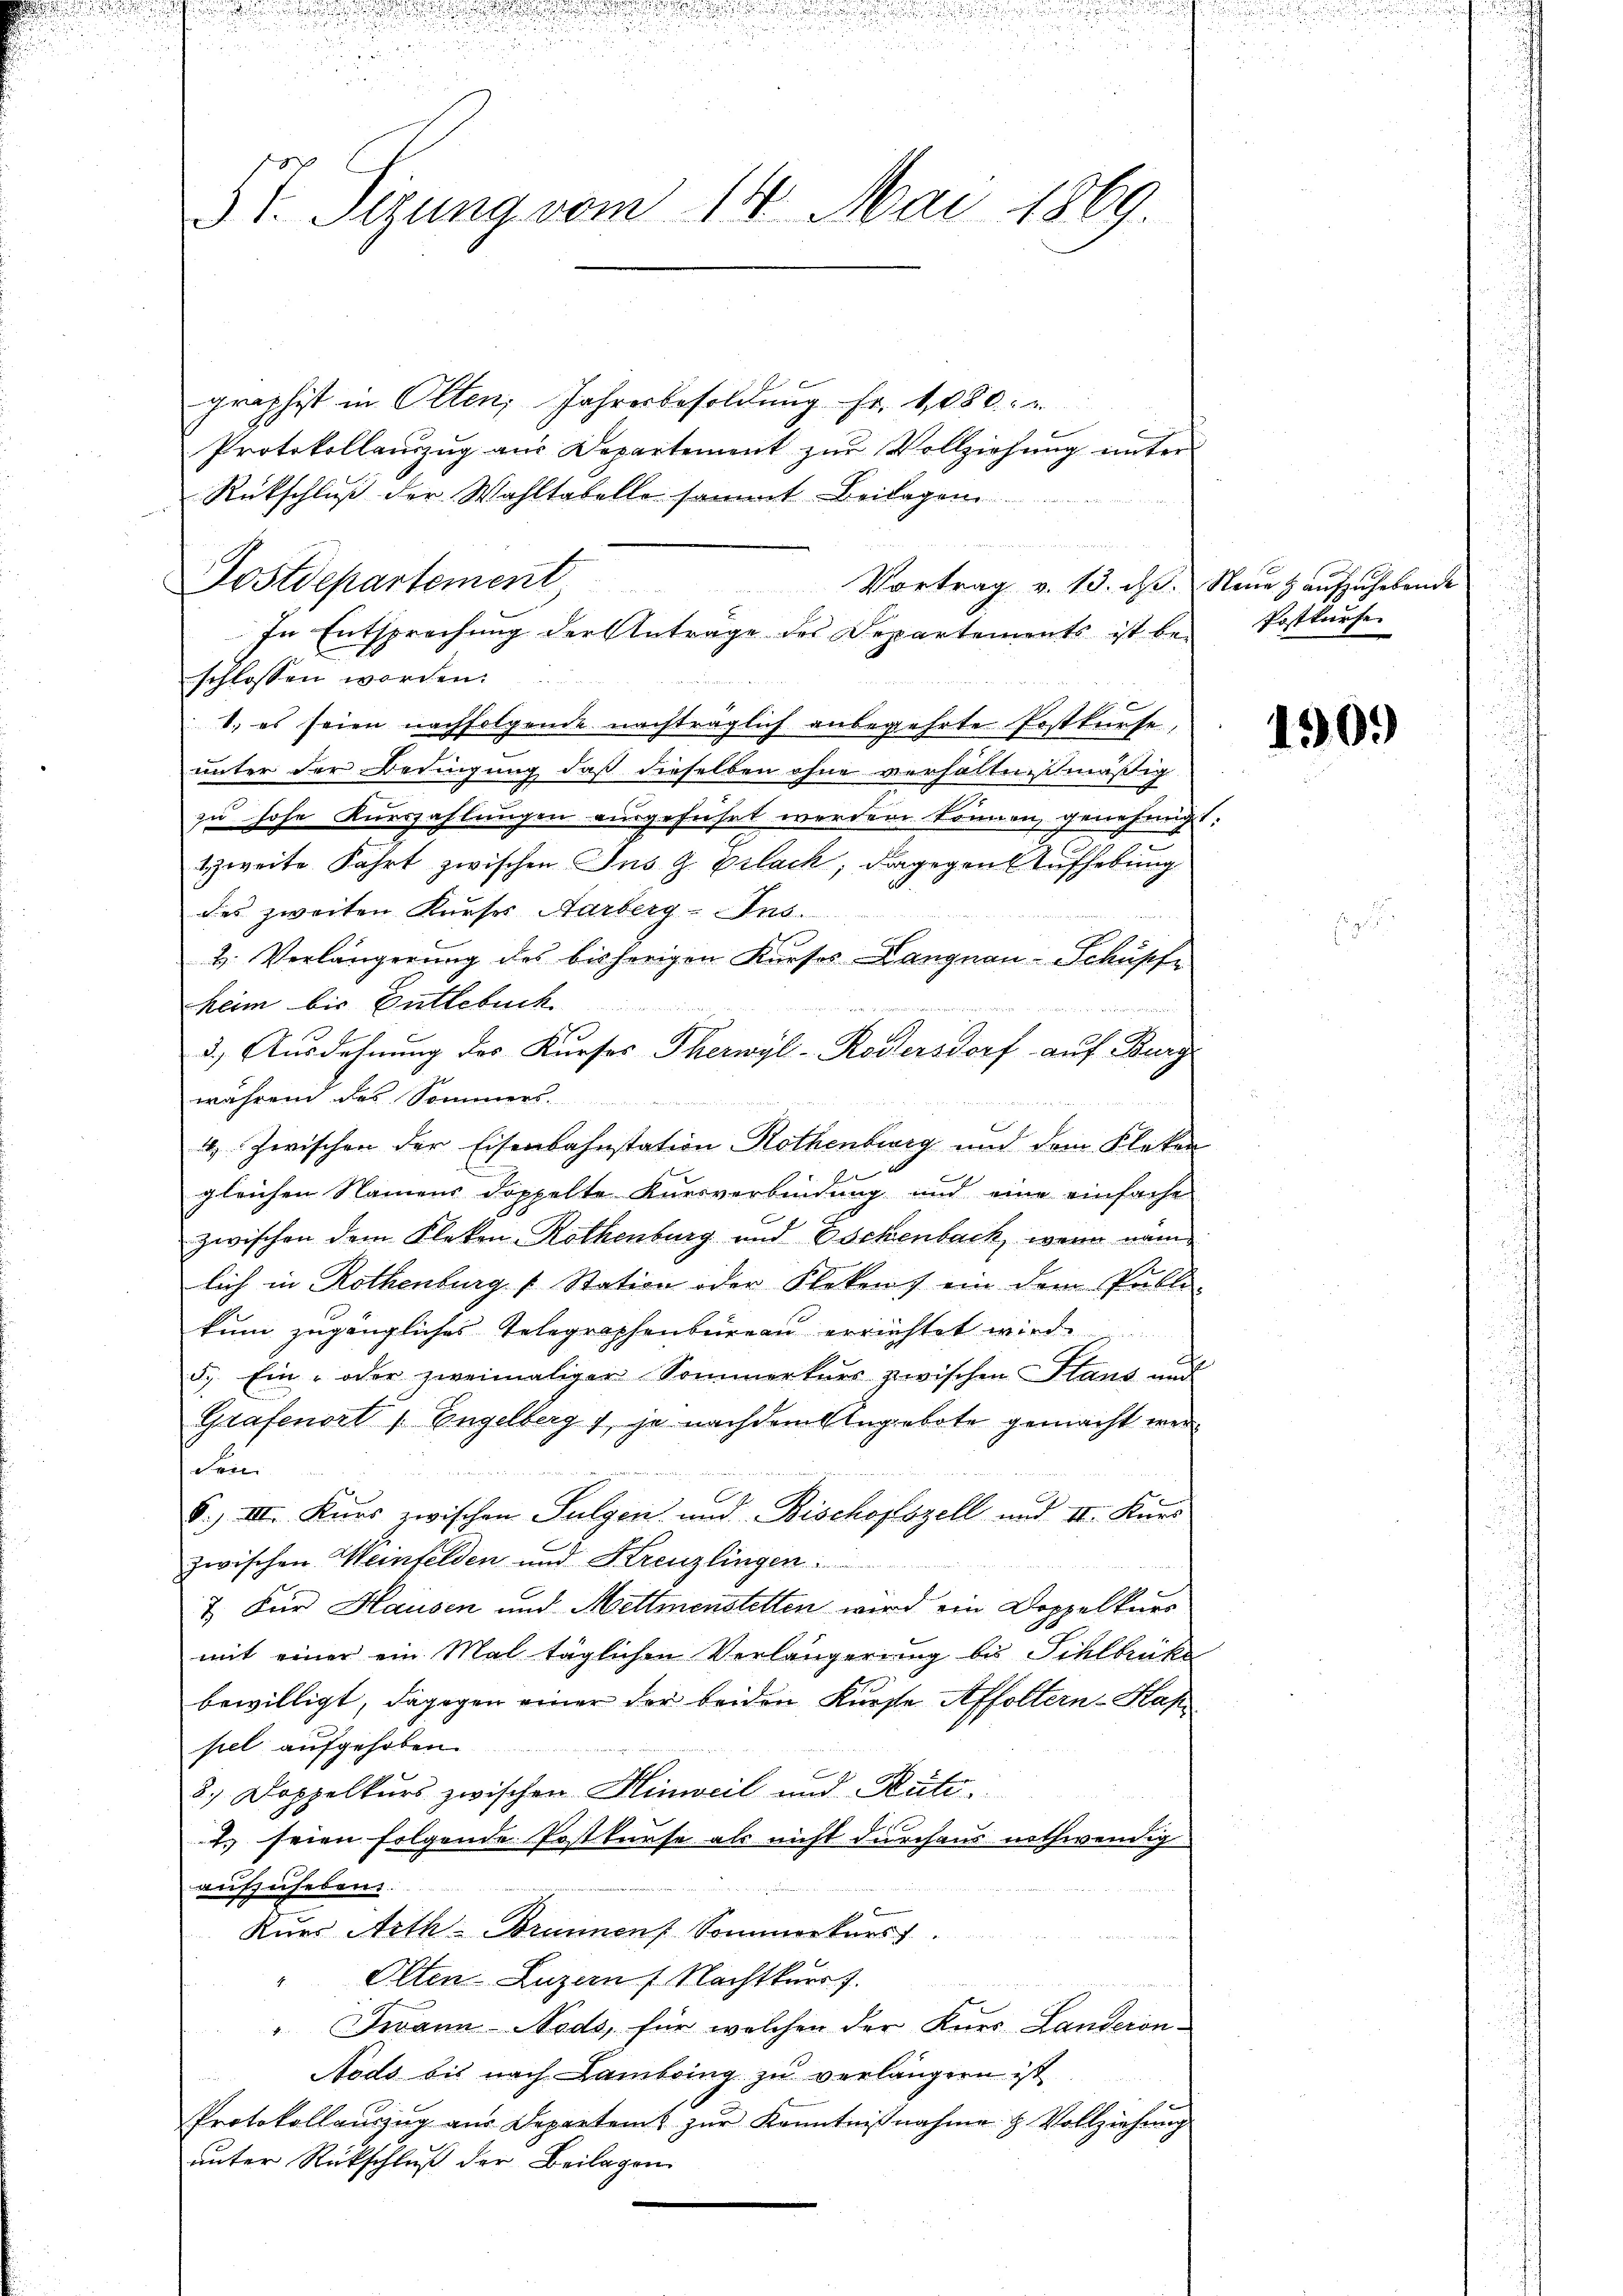
5t. Sizung vom 14. Mai 1869

graphist in Olten, Jahresbesoldung Fr. 1080.
Protokollanzŭg aŭs Departement zŭr Vollziehŭng ŭnter
Rückschluß der Wahltabelle sammt Beilagen
Postdepartement
Vortrag v. 13. d. Neue & aufzuhebende
schlossen worden.
1. es seien nachfolgende nachträglich anbegehrte Erstkurse,
unter der Bedingung daß dieselben ohne verhältnißmäßig
zu hohe Kurszahlungen ausgeführt werden können, genehmigt
tzweite Fahrt zwischen Ins J. pilach; dagegen Aufhebung
des zweiten Kurses Aarberg-Ins.
2. Verlängerung des bisherigen Kurses-Langnau-Schüsche
keim bis Entlebuch.
3.) Ausdehnung des Kurses Therwyl-Rodlersdorf auf Burg
während des Sommers.
4 Zwischen der Eisenbahnstation Rothenburg und dem Fleken
gleichen Namens doppelte Kursverbindung und eine einfache
zwischen dem Fleken-Rothenburg und Eschenbach, wenn nam
lich in Rothenburg Station oder Fleken) ein dem Pulle-
kum zugängliches Telegraphenbureau errichtet wird.
d. Ein- oder zweimaliger Sommerkers zwischen Stand und
Grafenort / Engelberg 1, je nachdem Ungebote gemacht werden
S. III. Kurs zwischen Sulgen und Bischofszell und II. Kurs
zwischen Weinfelden und Kreuzlingen
7 Für Hausen und Mettmenstetten wird ein Doppelkurs
mit einer ein Mal täglichen Verlängerung bis Schlbrike
bewilligt, dagegen einer der beiden Kurse Affoltern-Kap
pel aufgehoben.
3.) Doppelkurs zwischen Hinweil und Rüti¬
. seien folgende Postkurse als nicht durchaus nothwendig
aufzuheben.
Kurs Arth Brunnen Sommorkurs
" Olten-Luzern f Nachtkurs J.
" Twann Nods, für welchen der Kurs Landeron¬
Nods bis nach Lambring zu verlängern ist
Protokollaŭszŭg aŭs Departemt zŭr Kenntnißnahme H. Vollziehung
unter Rückschluß der Beilagen

In Entsprechung der Antrage des Departements ist be-

Postkurse

1909